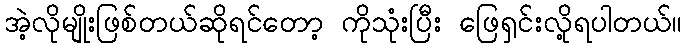
အဲ့လိုမျိုးဖြစ်တယ်ဆိုရင်တော့ ကိုသုံးပြီး ဖြေရှင်းလို့ရပါတယ်။